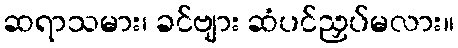
ဆရာသမား၊ ခင်ဗျား ဆံပင်ညှပ်မလား။